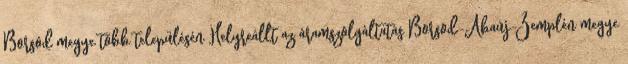
Borsod megye több településén Helyreállt az áramszolgáltatás Borsod-Abaúj-Zemplén megye